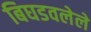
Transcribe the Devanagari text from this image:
बिघडवलेले